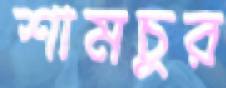
শামচুর